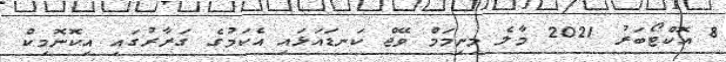
8 އޮކްޓޯބަރު 2021 މާލެ މިނިމަމް ވޭޖް ކަނޑައަޅައި އެކަމުގެ ގަރާރުގައި އިކޮނޮމިކް